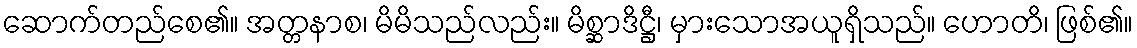
ဆောက်တည်စေ၏။ အတ္တနာစ၊ မိမိသည်လည်း။ မိစ္ဆာဒိဋ္ဌီ၊ မှားသောအယူရှိသည်။ ဟောတိ၊ ဖြစ်၏။